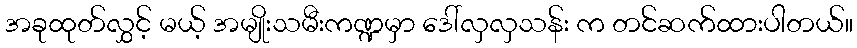
အခုထုတ်လွှင့် မယ့် အမျိုးသမီးကဏ္ဍမှာ ဒေါ်လှလှသန်း က တင်ဆက်ထားပါတယ်။